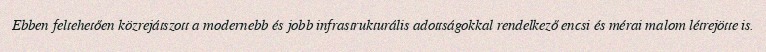
Ebben feltehetően közrejátszott a modernebb és jobb infrastrukturális adottságokkal rendelkező encsi és mérai malom létrejötte is.